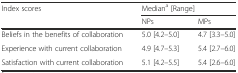
<table><thead><tr><td><b>Index scores</b></td><td colspan="2"><b>Median<sup>a</sup> [Range]</b></td></tr><tr><td></td><td><b>NPs</b></td><td><b>MPs</b></td></tr></thead><tbody><tr><td>Beliefs in the benefits of collaboration</td><td>5.0 [4.2–5.0]</td><td>4.7 [3.3–5.0]</td></tr><tr><td>Experience with current collaboration</td><td>4.9 [4.7–5.3]</td><td>5.4 [2.7–6.0]</td></tr><tr><td>Satisfaction with current collaboration</td><td>5.1 [4.2–5.5]</td><td>5.4 [2.6–6.0]</td></tr></tbody></table>